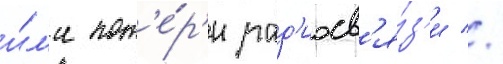
и́л'и пот'е́р'и рад'иосв'я́з'и //